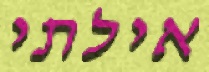
אילתי